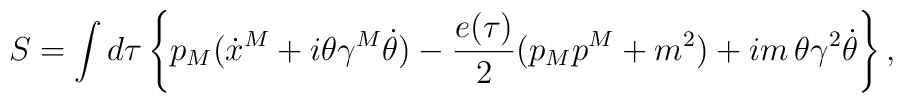
S=\int d\tau\left\{p_M(\dot x^M+i\theta\gamma^M\dot\theta)-{{e(\tau)}\over2}(p_Mp^M+m^2)+im\,\theta\gamma^2\dot\theta\right\},